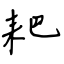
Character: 耙